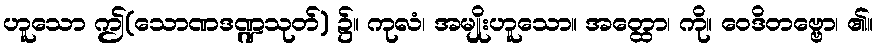
ဟူသော ဤ(သောဏဒဏ္ဍသုတ်) ၌။ ကုလံ၊ အမျိုးဟူသော။ အတ္ထော၊ ကို။ ဝေဒိတဗ္ဗော၊ ၏။